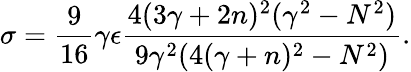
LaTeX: \sigma=\frac{9}{16}\gamma\epsilon\frac{4(3\gamma+2n)^{2}(\gamma^{2}-N^{2})}{9\gamma^{2}(4(\gamma+n)^{2}-N^{2})}.